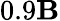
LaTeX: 0.9\mathbf{B}